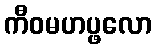
ကီဝမဟပ္ဖလော